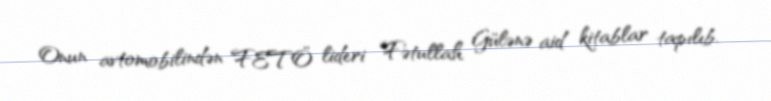
Onun avtomobilindən FETÖ lideri Fətullah Gülənə aid kitablar tapılıb.